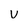
Character: U